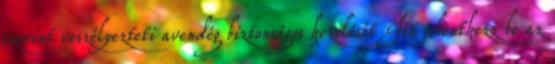
szerint veszélyezteti avendég biztonságos kezelését Itt jelentkezz be az